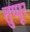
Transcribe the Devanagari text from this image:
तुप्पूर